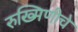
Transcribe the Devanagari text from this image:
रुख्मिणीचे